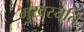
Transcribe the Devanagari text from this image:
मुखरयति